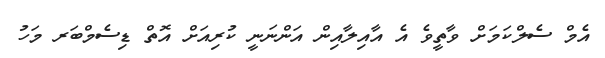
އެމް ސެލްކަމަށް ވާތީވެ އެ އާއިލާއިން އަންނަނީ ކުރިއަށް އޮތް ޑިސެމްބަރ މަހު